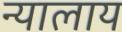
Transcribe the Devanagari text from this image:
न्यालाय